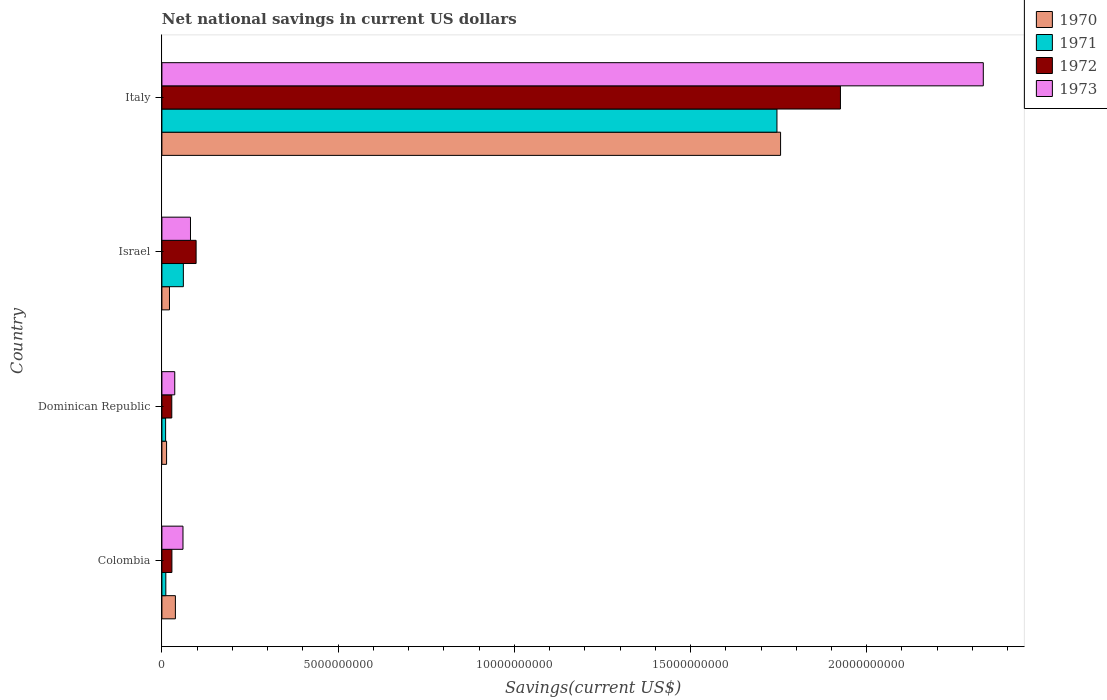
| Country | 1970 | 1971 | 1972 | 1973 |
 | --- | --- | --- | --- | --- |
 | Colombia | 3.83e+08 | 1.11e+08 | 2.84e+08 | 5.98e+08 |
 | Dominican Republic | 1.33e+08 | 1.05e+08 | 2.8e+08 | 3.65e+08 |
 | Israel | 2.15e+08 | 6.09e+08 | 9.71e+08 | 8.11e+08 |
 | Italy | 1.76e+10 | 1.75e+10 | 1.93e+10 | 2.33e+10 |